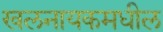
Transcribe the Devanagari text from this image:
खलनायकमधील